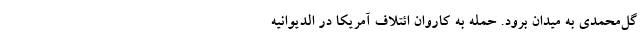
گل‌محمدی به میدان برود. حمله به کاروان ائتلاف آمریکا در الدیوانیه